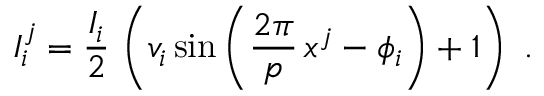
I _ { i } ^ { j } = \frac { I _ { i } } { 2 } \, \left( v _ { i } \sin \left( \frac { 2 \pi } { p } \, x ^ { j } - \phi _ { i } \right) + 1 \right) \ .